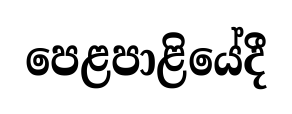
පෙළපාළියේදී